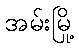
အမ်းမြို့